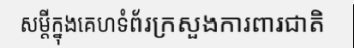
សម្តីក្នុងគេហទំព័រក្រសួងការពារជាតិ